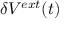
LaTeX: \delta V ^ { e x t } ( t )